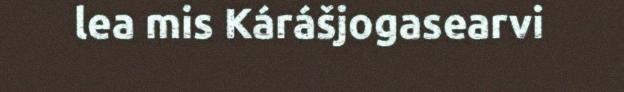
lea mis Kárášjogasearvi